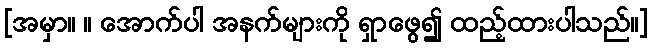
[အမှာ။ ။ အောက်ပါ အနက်များကို ရှာဖွေ၍ ထည့်ထားပါသည်။]